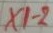
Text: X1-2